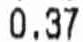
0.37